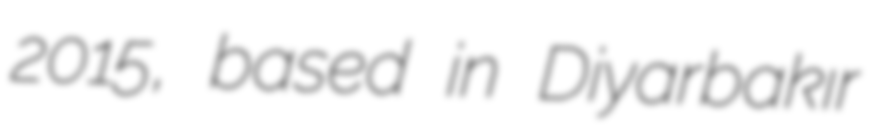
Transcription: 2015, based in Diyarbakır